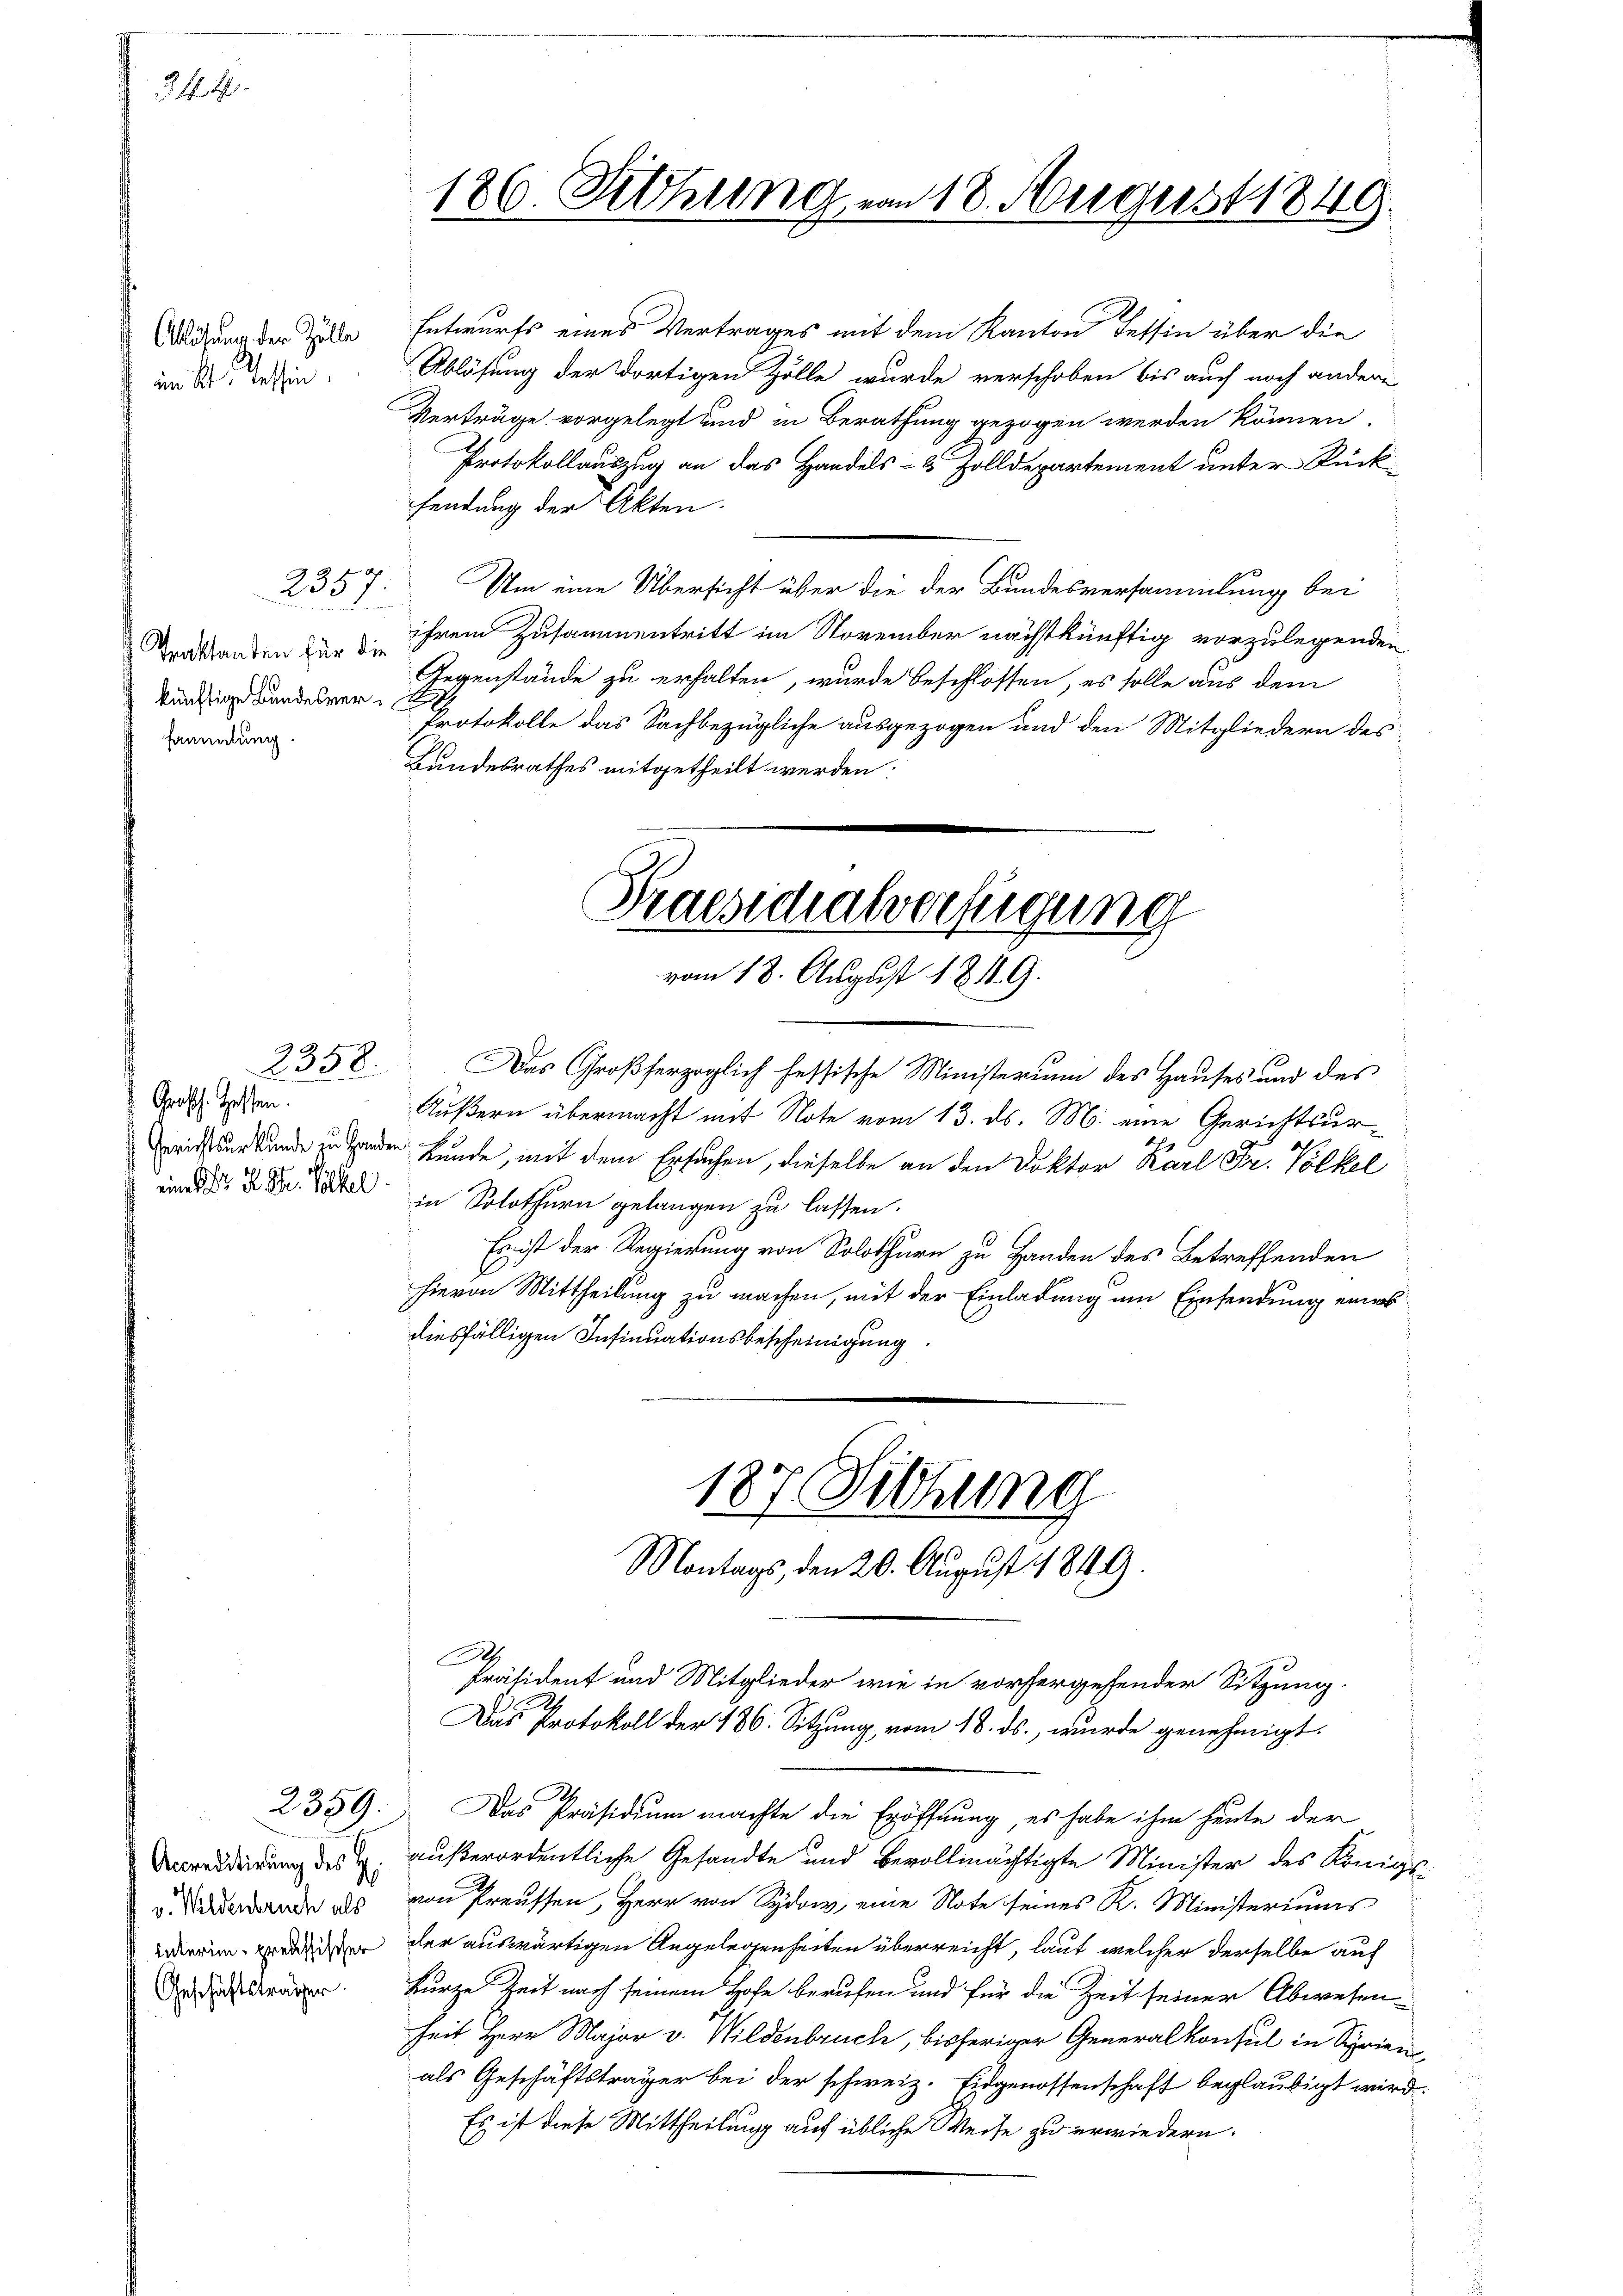
344.

im Kt. Tessin.

Traktanden für die
künftige Bundesversammlung.

Grosch. Hessen.

2359.

Accreditirung des H:
v. Wildenbruch als
interim preussischer
Geschäftsträger.

Aligung der Zelle Entwurfs eines Vertrages mit dem Kanton Tessin über die
Ablösung der dortigen Zölle wurde verschoben bis auch noch andere
Verträge vorgelegt und in Berathung gezogen werden können.
Protokollauszug an das Handels- & Zolldepartement unter Rückfendung der Akten.
2357. Um eine Übersicht über die der Bundesversammlung bei
ihrem Zusammentritt im November nächstkünftig vorzulegenden
Gegenstände zu erhalten, wurde beschlossen, es solle aus dem
Protokolle das Sachbezügliche ausgezogen und den Mitgliedern des
Landesrathes mitgetheilt werden.
Praesidialverfügung

186. Sitzung von 18. August 1849.

vom 18. August 1849.

2358. Das Großherzoglich fessische Ministerium des Hauses und des
Äußern übermacht mit Note vom 13. ds. M. eine Gerichtsur¬
  der Bunde, mit dem Ersuchen, dieselbe an den Doktor Karl Fr. Völkel
und d. d. Dr. Pater in Solothurn gelangen zu lassen.
Es ist der Regierung von Solothurn zu Handen des Betreffenden
hievon Mittheilung zu machen, mit der Einladung um Einsendung eines
diesfälligen Insinuationsbescheinigung.
187 Sitzung
Montags, den 20. August 1849.

A
Präsident und Mitglieder wie in vorhergehender Sitzung.
Das Protokoll der 186. Sitzung, vom 18. ds., wurde genehmigt.

Das Präsidium machte die Eröffnung, es habe ihm heute der
außerordentliche Gesandte und bevollmächtigte Minister des Königs-
von Preussen, Herr von Sydo, eine Note seines K. Ministeriums
der auswärtigen Angelegenheiten überreicht, laut welcher derselbe auf
kurze Zeit nach seinem Hofe berufen und für die Zeit seiner Abwesen
heit Herr Major v. Wildenbruch, bisheriger Generalkonsul in Syrien
als Geschäftsträger bei der schweiz. Eidgenossenschaft beglaubigt wird.
Es ist diese Mittheilung auf übliche Weise zu erwiedern.